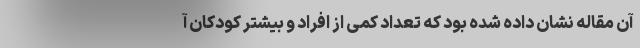
آن مقاله نشان داده شده بود که تعداد کمی از افراد و بیشتر کودکان آ